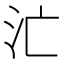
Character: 汒